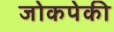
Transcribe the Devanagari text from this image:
जोकपेकी